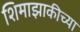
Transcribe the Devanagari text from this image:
शिमाझाकीच्या